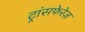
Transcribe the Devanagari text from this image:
ट्रांसफेरेज़